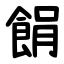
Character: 䬼